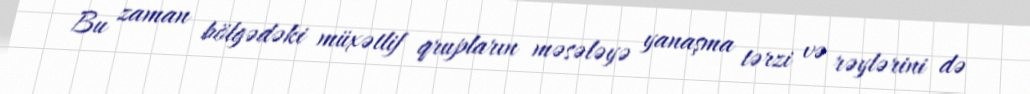
Bu zaman bölgədəki müxətlif qrupların məsələyə yanaşma tərzi və rəylərini də